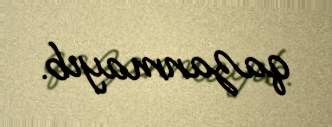
qazanmayıb.